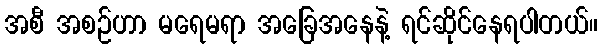
အစီ အစဉ်ဟာ မရေမရာ အခြေအနေနဲ့ ရင်ဆိုင်နေရပါတယ်။